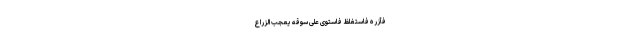
فَآزَرَهُ فَاسْتَغْلَظَ فَاسْتَوَى عَلَى سُوقِهِ يُعْجِبُ الزُّرَّاعَ